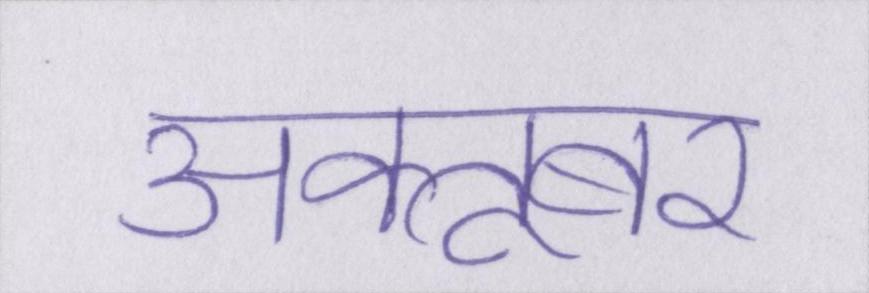
अक्तूबर